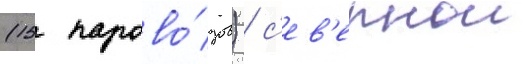
(15 парово́зов) / с'ев'ернои